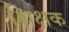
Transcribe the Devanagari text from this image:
शिक्षक